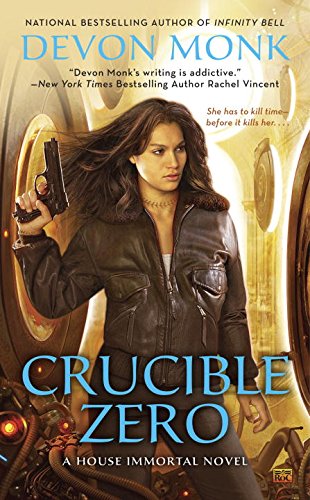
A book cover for Crucible Zero: A House Immortal Novel; Devon Monk; Science Fiction & Fantasy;